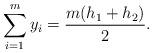
LaTeX: \begin{align*} \sum_{i=1}^{m} y_{i} = \frac{m(h_{1}+h_{2})}{2}.\end{align*}